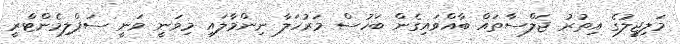
މަލިޖީލުގެ އިތުރު ޖަލްސާތައް ބާއްވައިގެން ބަހުސް މަރުހަލާ ނިންމާލައި މިވަނީ ވަނީ ސަޕްލިމެންޓްރީ